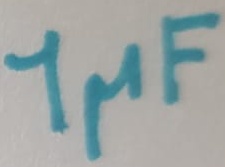
Text: 1µF